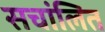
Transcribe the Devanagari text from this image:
सचांलित